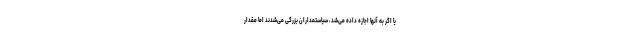
یا اگر به آنها اجازه داده می‌شد، سیاستمداران بزرگی می‌شدند اما مقدار